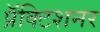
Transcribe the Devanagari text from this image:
प्रॅक्टिशनर